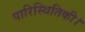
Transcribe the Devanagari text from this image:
पारिस्थितिकी।